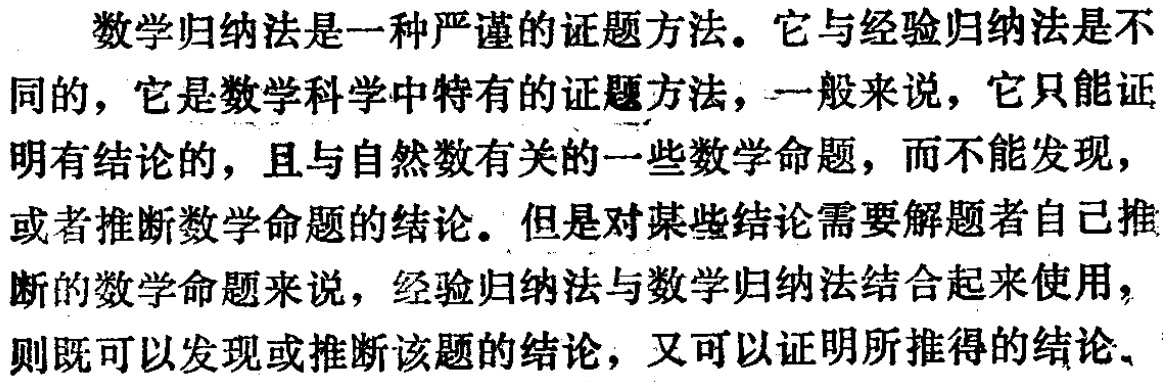
数学归纳法是一种严谨的证题方法。它与经验归纳法是不同的，它是数学科学中特有的证题方法，一般来说，它只能证明有结论的，且与自然数有关的一些数学命题，而不能发现，或者推断数学命题的结论。但是对某些结论需要解题者自己推断的数学命题来说，经验归纳法与数学归纳法结合起来使用，则既可以发现或推断该题的结论，又可以证明所推得的结论。